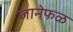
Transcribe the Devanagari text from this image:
जानेफळ